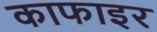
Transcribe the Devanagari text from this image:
काफाइर